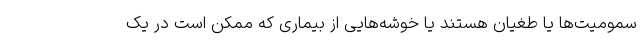
سمومیت‌ها یا طغیان هستند یا خوشه‌هایی از بیماری که ممکن است در یک